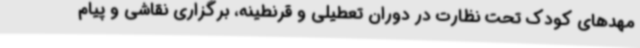
مهدهای کودک تحت نظارت در دوران تعطیلی و قرنطینه، برگزاری نقاشی و پیام